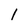
Character: 1